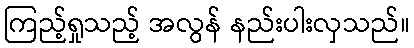
ကြည့်ရှုသည့် အလွန် နည်းပါးလှသည်။